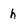
Character: h